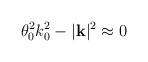
\begin{align*}\theta ^{2}_{0}k^{2}_{0}-|\mathbf{k}|^{2}\approx 0\end{align*}